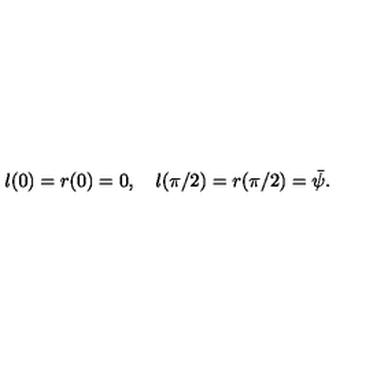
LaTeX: l ( 0 ) = r ( 0 ) = 0 , \quad l ( \pi / 2 ) = r ( \pi / 2 ) = { \bar { \psi } } .